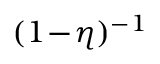
( 1 \! - \! \eta ) ^ { - 1 }